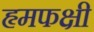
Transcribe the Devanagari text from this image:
हृमफक्षी